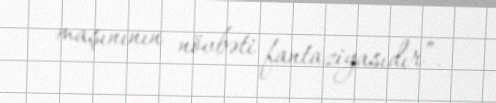
maşınının növbəti fantaziyasıdır”.